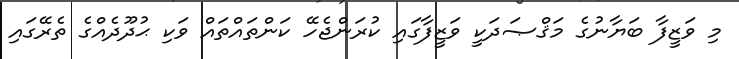
މި ވަޒީފާ ބަޔާނުގެ މަޤްޞަދަކީ ވަޒީފާގައި ކުރަންޖެހޭ ކަންތައްތައް ވަކި ޙުދޫދެއްގެ ތެރޭގައި